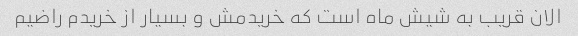
الان قریب به شیش ماه است که خریدمش و بسیار از خریدم راضیم